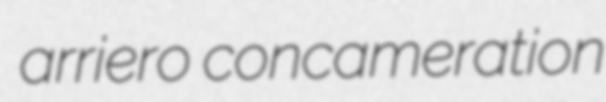
arriero concameration